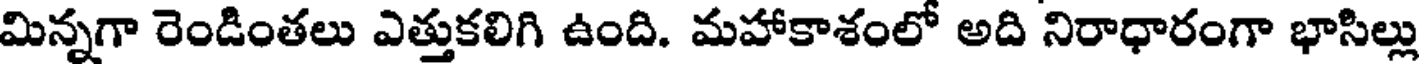
మిన్నగా రెండింతలు ఎత్తుకలిగి ఉంది. మహాకాశంలో అది నిరాధారంగా భాసిల్లు